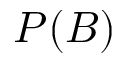
P ( B )